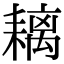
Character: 𦔓